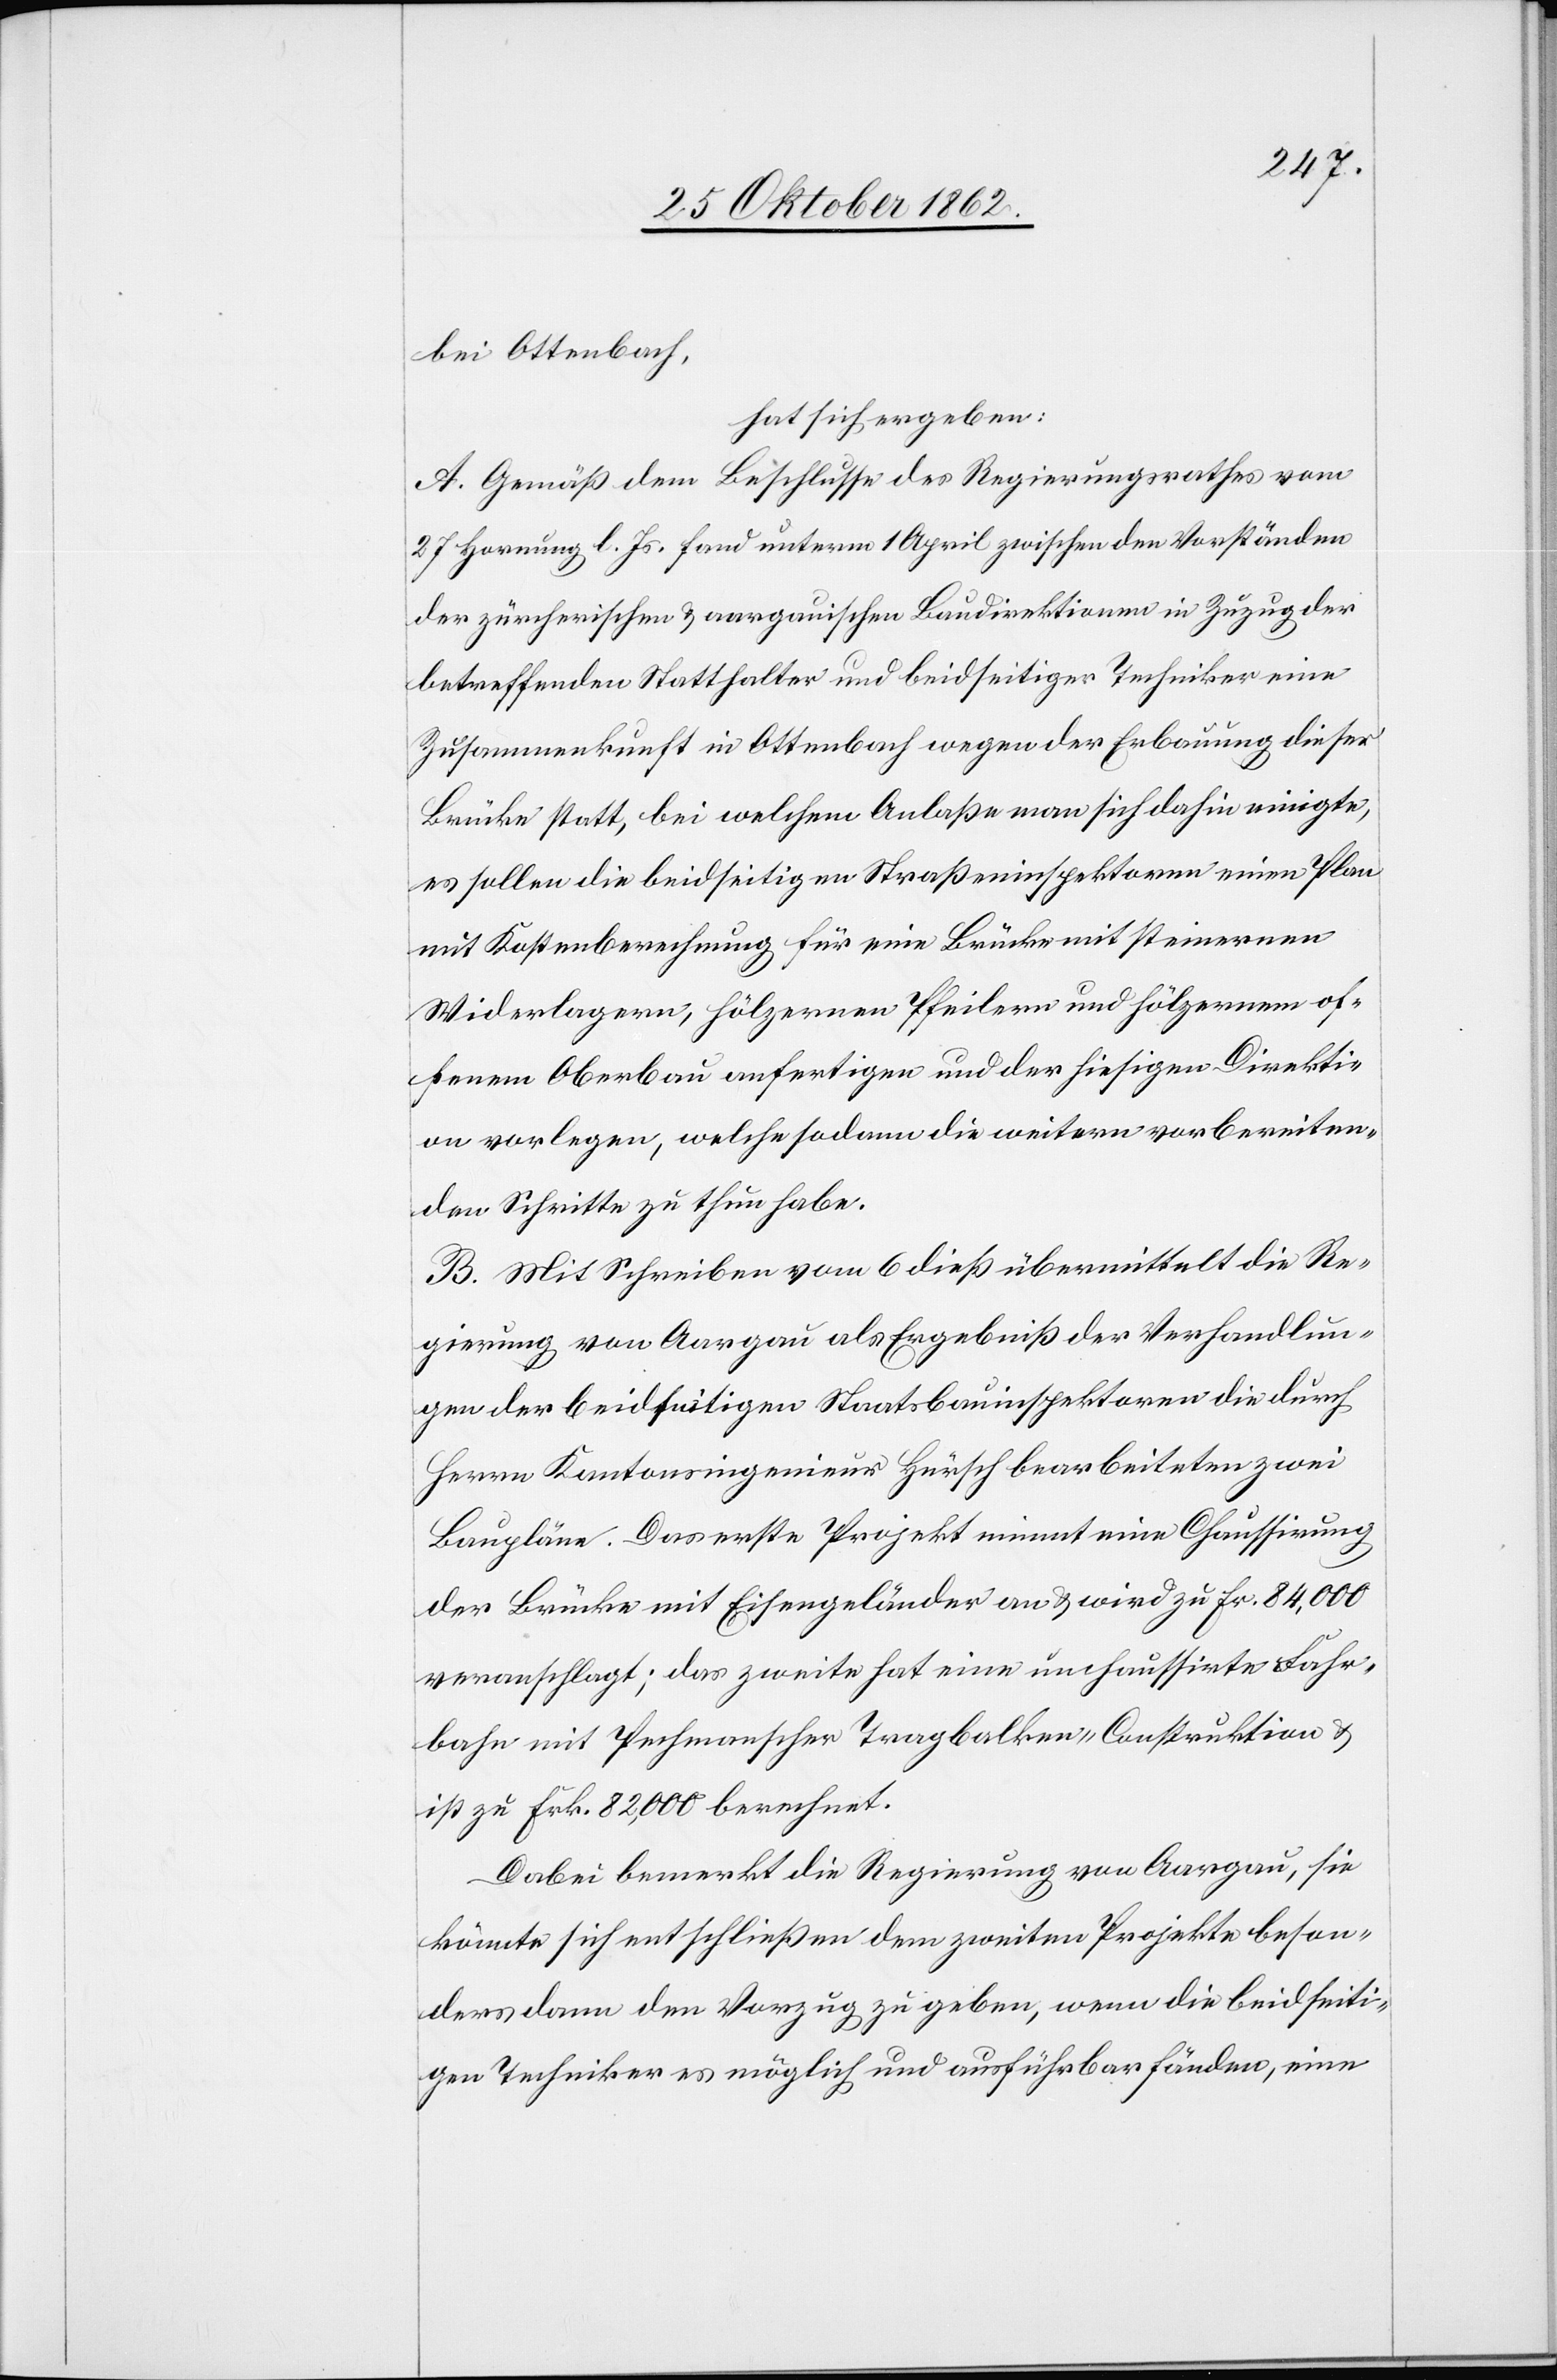
bei Ottenbach,
hat sich ergeben:
A. Gemäß dem Beschlusse des Regierungsrathes vom
27. Hornung l. Js. fand unterm 1 April zwischen den Vorständen
der zürcherischen u. aargauischen Baudirektionen in Zuzug der
betreffenden Statthalter und beidseitiger Techniker eine
Zusammenkunft in Ottenbach wegen der Erbauung dieser
Brücke statt, bei welchem Anlaße man sich dahin einigte,
es sollen die beidseitigen Straßeninspektoren einen Plan
mit Kostenberechnung für eine Brücke mit steinernen
Widerlagern, hölzernen Pfeilern und hölzernen of¬
fenem Oberbau anfertigen und der hiesigen Direkti¬
on vorlegen, welche sodann die weitern vorbereiten¬
den Schritte zu thun habe.
B. Mit Schreiben vom 6. dieß übermittelt die Re¬
gierung von Aargau als Ergebniß der Verhandlun¬
gen der beidseitigen Staatsbauinspektoren die durch
Herrn Kantonsingenieur Hürsch bearbeiteten zwei
Baupläne. Das erste Projekt nimmt eine Chaussirung
der Brücke mit Eisengeländer an u. wird zu Fr. 84,000
veranschlagt; das zweite hat eine unchaussirte Fahr¬
bahn mit Pechmannscher Tragbalken-Construktion u.
ist zu frk. 82,000 berechnet.
Dabei bemerkt die Regierung von Aargau, sie
könnte sich entschließen dem zweiten Projekte beson¬
ders dann den Vorzug zu geben, wenn die beidseiti¬
gen Techniker es möglich und ausführbar fänden, eine